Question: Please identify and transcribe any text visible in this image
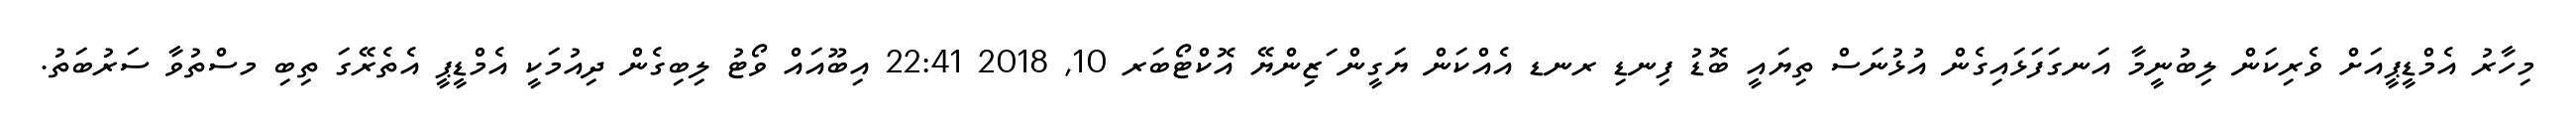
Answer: މިހާރު އެމްޑީޕީއަށް ވެރިކަން ލިބުނީމާ އަނގަފަޅައިގެން އުޅުނަސް ތިޔައީ ބޮޑު ފިނޑި ރނޑ އެއްކަން ޔަގީން ަޒިންޔޭ އޮކްޓޯބަރ 10, 2018 22:41 އިބޫއައް ވޯޓު ލިބިގެން ދިއުމަކީ އެމްޑީޕީ އެތެރޭގަ ތިބި މސްތުވާ ސަރުބަތު.